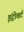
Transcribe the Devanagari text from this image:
इंट्रोवर्ट